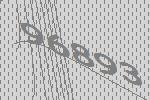
96893